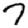
Digit: 7